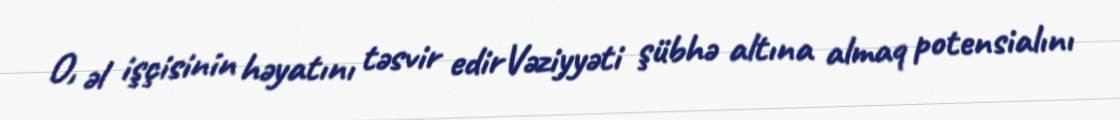
O, əl işçisinin həyatını təsvir edirVəziyyəti şübhə altına almaq potensialını